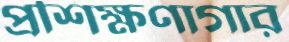
প্রশিক্ষণাগার